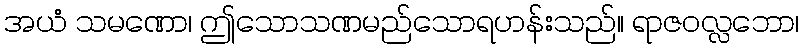
အယံ သမဏော၊ ဤသောသဏမည်သောရဟန်းသည်။ ရာဇဝလ္လဘော၊